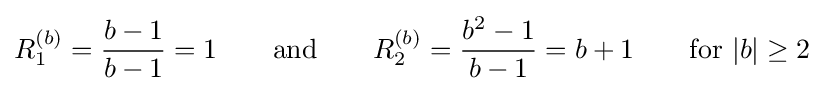
R_{1}^{(b)}={b-1 \over {b-1}}=1\qquad {\text{and}}\qquad R_{2}^{(b)}={b^{2}-1 \over {b-1}}=b+1\qquad {\text{for}}\ |b|\geq 2